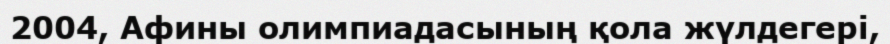
2004, Афины олимпиадасының қола жүлдегері,